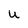
Character: U